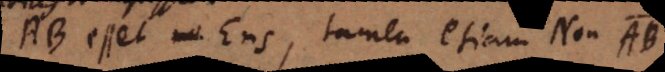
AB esset Ens, tamen etiam Non AB